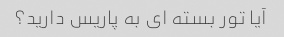
آیا تور بسته ای به پاریس دارید؟